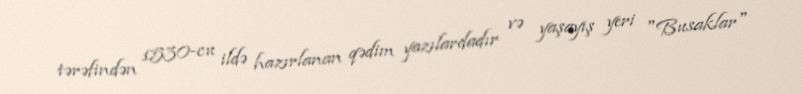
tərəfindən 1530-cu ildə hazırlanan qədim yazılardadır və yaşayış yeri "Busaklar"